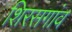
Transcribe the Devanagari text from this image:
शिरसगांव